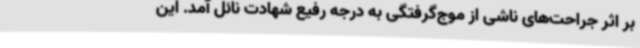
بر اثر جراحت‌های ناشی از موج‌گرفتگی به درجه رفیع شهادت نائل آمد. این